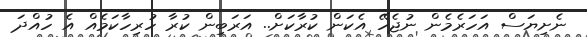
ނެށިޔަސް އަހަރެމެން ނުޖެހޭ އެކަން ކުރާކަށް.. އަރަބިން ކުރާ ހުރިހާކަމެއް އެ ހުއްދަ